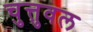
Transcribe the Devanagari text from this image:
चुत्तुवल